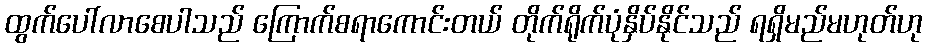
ထွက်ပေါ်လာစေပါသည် ကြောက်စရာကောင်းတယ် တိုက်ရိုက်ပုံနှိပ်နိုင်သည် ရရှိမည်မဟုတ်ဟု